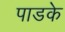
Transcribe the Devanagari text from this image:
पाडके